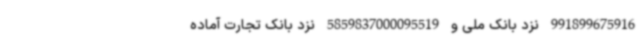
991899675916 نزد بانک ملی و 5859837000095519 نزد بانک تجارت آماده